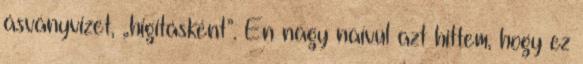
ásványvizet, „higításként”. Én nagy naívul azt hittem, hogy ez